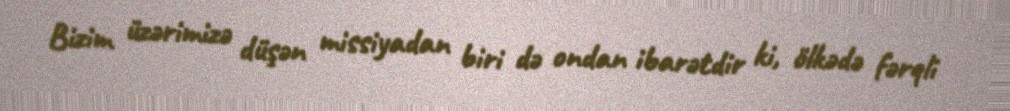
Bizim üzərimizə düşən missiyadan biri də ondan ibarətdir ki, ölkədə fərqli